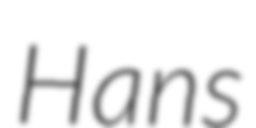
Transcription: Hans